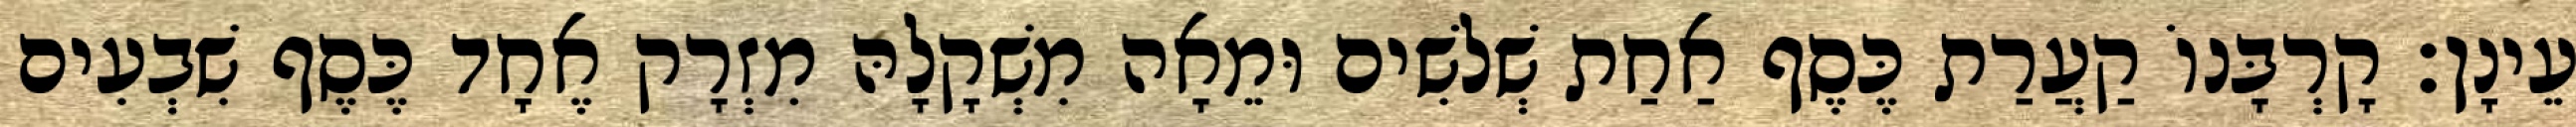
עֵינָן׃ קָרְבָּנוֹ קַעֲרַת כֶּסֶף אַחַת שְׁלשִׁים וּמֵאָה מִשְׁקָלָהּ מִזְרָק אֶחָד כֶּסֶף שִׁבְעִים